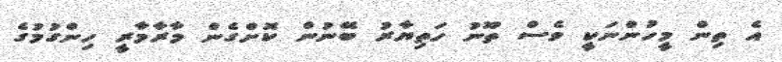
އެ ތިން މީހުންނަކީ ވެސް ތޫނު ހަތިޔާރު ބޭނުން ކޮށްގެން މާރާމާރީ ހިންގުމުގެ